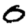
Digit: 0